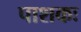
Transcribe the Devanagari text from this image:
पाशकः